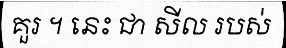
គួរ ។ នេះ ជា សីល របស់